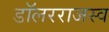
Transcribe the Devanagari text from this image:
डॉलरराजस्व